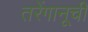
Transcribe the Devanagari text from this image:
तरेंगानूची